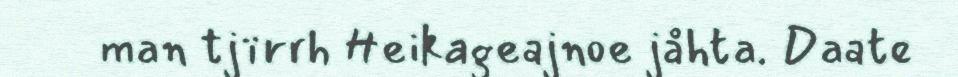
man tjïrrh Heikageajnoe jåhta. Daate